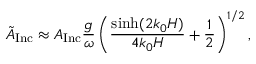
\tilde { A } _ { \mathrm { I n c } } \approx A _ { \mathrm { I n c } } \frac { g } { \omega } \left( \frac { \sinh ( 2 k _ { 0 } H ) } { 4 k _ { 0 } H } + \frac { 1 } { 2 } \right) ^ { 1 / 2 } ,